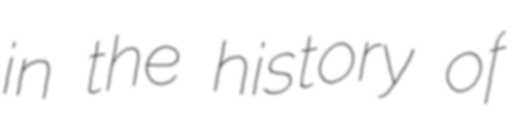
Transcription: in the history of